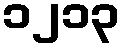
၁၂၁၃